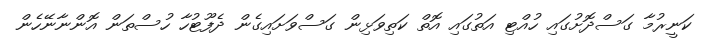
ކަނީރުމާ ގަސްދޮށުގައި ހުއްޓި އަތުގައި އޮތް ކަތިވަޅިން ގަސްވަށައިގެން ދެފޫޓުހާ ހުސްތަން އޮންނާނޭހެން